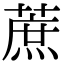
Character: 蔗